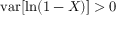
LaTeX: \operatorname { v a r } [ \ln ( 1 - X ) ] > 0